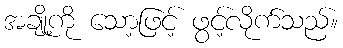
အချို့ကို သော့ဖြင့် ဖွင့်လိုက်သည်။